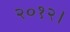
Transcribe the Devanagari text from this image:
२०१२।